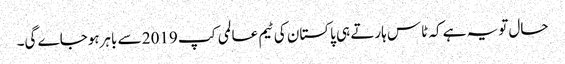
حال تویہ ہے کہ ٹاس ہارتے ہی پاکستان کی ٹیم عالمی کپ 2019 سے باہرہوجاے گی۔